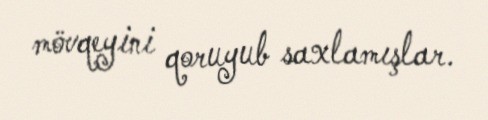
mövqeyini qoruyub saxlamışlar.